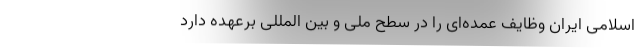
اسلامی ایران وظایف عمده‌ای را در سطح ملی و بین المللی برعهده دارد